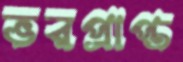
ভরপ্রাপ্ত